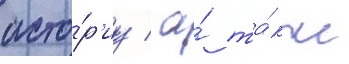
исто́р'иу / а́ та́кже